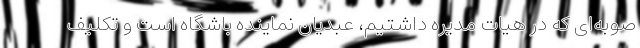
صوبه‌ای که در هیات مدیره داشتیم، عبدیان نماینده باشگاه است و تکلیف